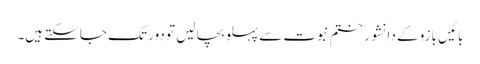
بائیں بازو کے دانشور ختمِ نبوت سے پہلو بچا لیں تو دور تک جاسکتے ہیں۔